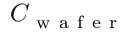
C _ { \mathrm { ~ w ~ a ~ f ~ e ~ r ~ } }